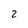
Character: 2